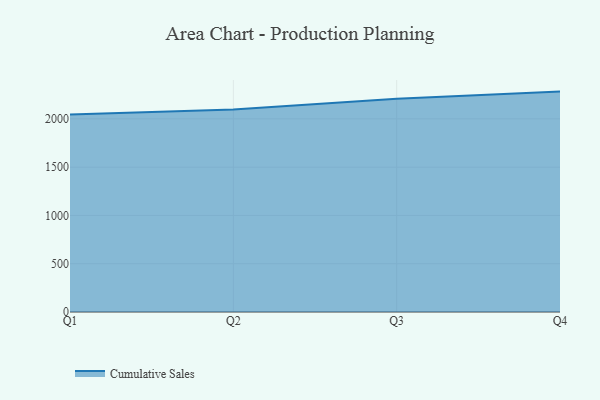
{"axis": {"x": "Quarter", "y": "Waste Production (Tons)"}, "legend": ["Cumulative Sales"], "data": [{"x": "Q1", "y": 2044.9, "type": "Cumulative Sales"}, {"x": "Q2", "y": 2097.6, "type": "Cumulative Sales"}, {"x": "Q3", "y": 2208.5, "type": "Cumulative Sales"}, {"x": "Q4", "y": 2282.6, "type": "Cumulative Sales"}]}